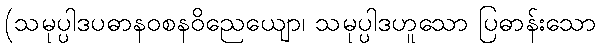
(သမုပ္ပါဒပဓာနဝစနဝိညေယျော၊ သမုပ္ပါဒဟူသော ပြဓာန်းသော